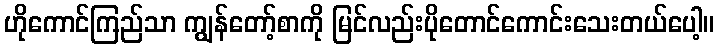
ဟိုကောင်ကြည်သာ ကျွန်တော့်စာကို မြင်လည်းပိုတောင်ကောင်းသေးတယ်ပေါ့။